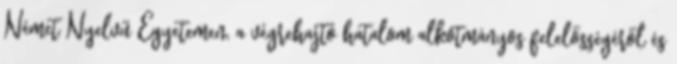
Német Nyelvű Egyetemen, a végrehajtó hatalom alkotmányos felelősségéről és